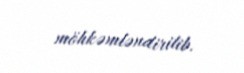
möhkəmləndirilib.